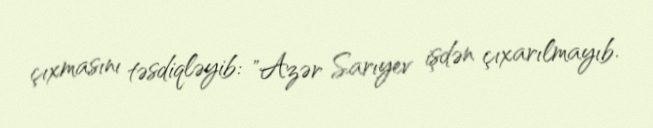
çıxmasını təsdiqləyib: "Azər Sarıyev işdən çıxarılmayıb.